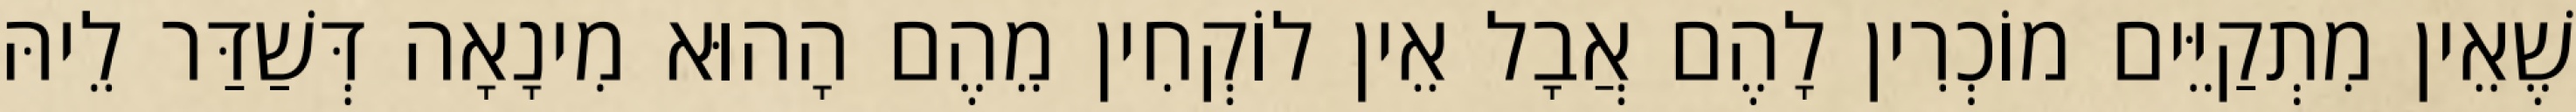
שֶׁאֵין מִתְקַיֵּים מוֹכְרִין לָהֶם אֲבָל אֵין לוֹקְחִין מֵהֶם הָהוּא מִינָאָה דְּשַׁדַּר לֵיהּ